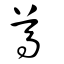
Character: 尊